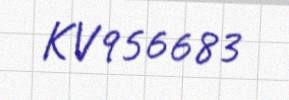
KV956683